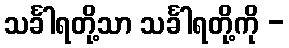
သင်္ခါရတို့သာ သင်္ခါရတို့ကို -